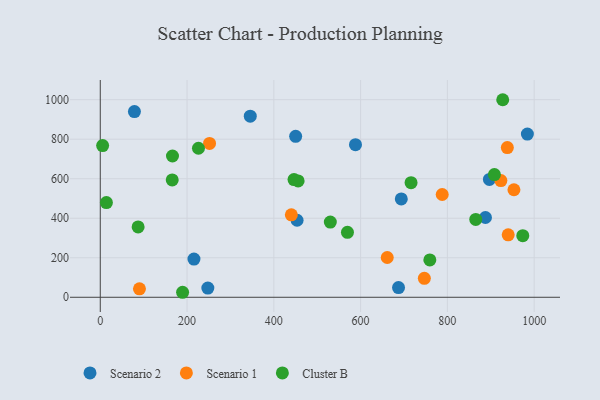
{"axis": {"x": "Engine Size", "y": "Exam Score"}, "legend": ["Cluster B", "Scenario 1", "Scenario 2"], "data": [{"x": "453.6", "y": 389.9, "type": "Scenario 2"}, {"x": "887.8", "y": 403.7, "type": "Scenario 2"}, {"x": "345.7", "y": 916.4, "type": "Scenario 2"}, {"x": "984.4", "y": 826.1, "type": "Scenario 2"}, {"x": "693.8", "y": 497.6, "type": "Scenario 2"}, {"x": "687.4", "y": 49.3, "type": "Scenario 2"}, {"x": "896.9", "y": 596.5, "type": "Scenario 2"}, {"x": "247.9", "y": 46.4, "type": "Scenario 2"}, {"x": "588.2", "y": 772.1, "type": "Scenario 2"}, {"x": "215.9", "y": 193.2, "type": "Scenario 2"}, {"x": "78.7", "y": 939.7, "type": "Scenario 2"}, {"x": "450.3", "y": 814.7, "type": "Scenario 2"}, {"x": "251.8", "y": 778.7, "type": "Scenario 1"}, {"x": "440.4", "y": 417.3, "type": "Scenario 1"}, {"x": "923.3", "y": 590.5, "type": "Scenario 1"}, {"x": "938.2", "y": 757.7, "type": "Scenario 1"}, {"x": "953.4", "y": 544.2, "type": "Scenario 1"}, {"x": "90.3", "y": 42.7, "type": "Scenario 1"}, {"x": "940.2", "y": 315.9, "type": "Scenario 1"}, {"x": "746.9", "y": 95.8, "type": "Scenario 1"}, {"x": "661.4", "y": 201.2, "type": "Scenario 1"}, {"x": "788.1", "y": 520.1, "type": "Scenario 1"}, {"x": "5.4", "y": 767.6, "type": "Cluster B"}, {"x": "569.7", "y": 328.6, "type": "Cluster B"}, {"x": "759.6", "y": 188.9, "type": "Cluster B"}, {"x": "927.6", "y": 999.8, "type": "Cluster B"}, {"x": "226.3", "y": 754.2, "type": "Cluster B"}, {"x": "189.7", "y": 25.3, "type": "Cluster B"}, {"x": "865.4", "y": 393.8, "type": "Cluster B"}, {"x": "456.0", "y": 588.6, "type": "Cluster B"}, {"x": "908.4", "y": 621.1, "type": "Cluster B"}, {"x": "165.8", "y": 594.0, "type": "Cluster B"}, {"x": "87.2", "y": 355.9, "type": "Cluster B"}, {"x": "973.8", "y": 311.9, "type": "Cluster B"}, {"x": "530.2", "y": 380.5, "type": "Cluster B"}, {"x": "716.3", "y": 579.8, "type": "Cluster B"}, {"x": "446.5", "y": 595.6, "type": "Cluster B"}, {"x": "166.4", "y": 715.1, "type": "Cluster B"}, {"x": "14.1", "y": 479.2, "type": "Cluster B"}]}